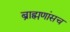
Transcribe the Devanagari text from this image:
ब्राह्मणांसच